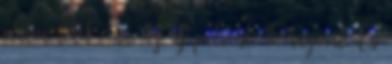
mulva lehet venni az uj patront, 10 rugoert. Es